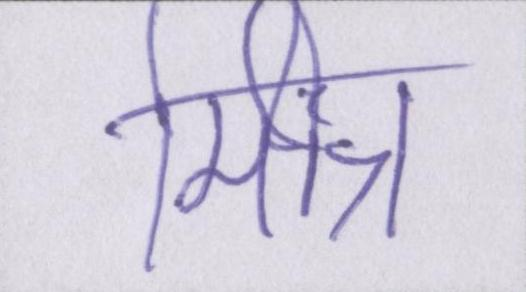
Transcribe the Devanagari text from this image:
मित्र